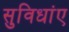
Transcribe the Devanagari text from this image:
सुविधांए